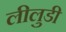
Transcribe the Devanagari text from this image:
लीलुडी